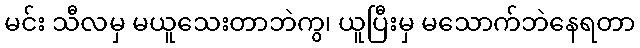
မင်း သီလမှ မယူသေးတာဘဲကွ၊ ယူပြီးမှ မသောက်ဘဲနေရတာ